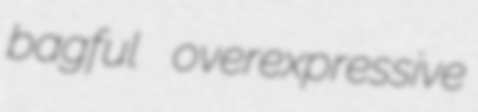
bagful overexpressive